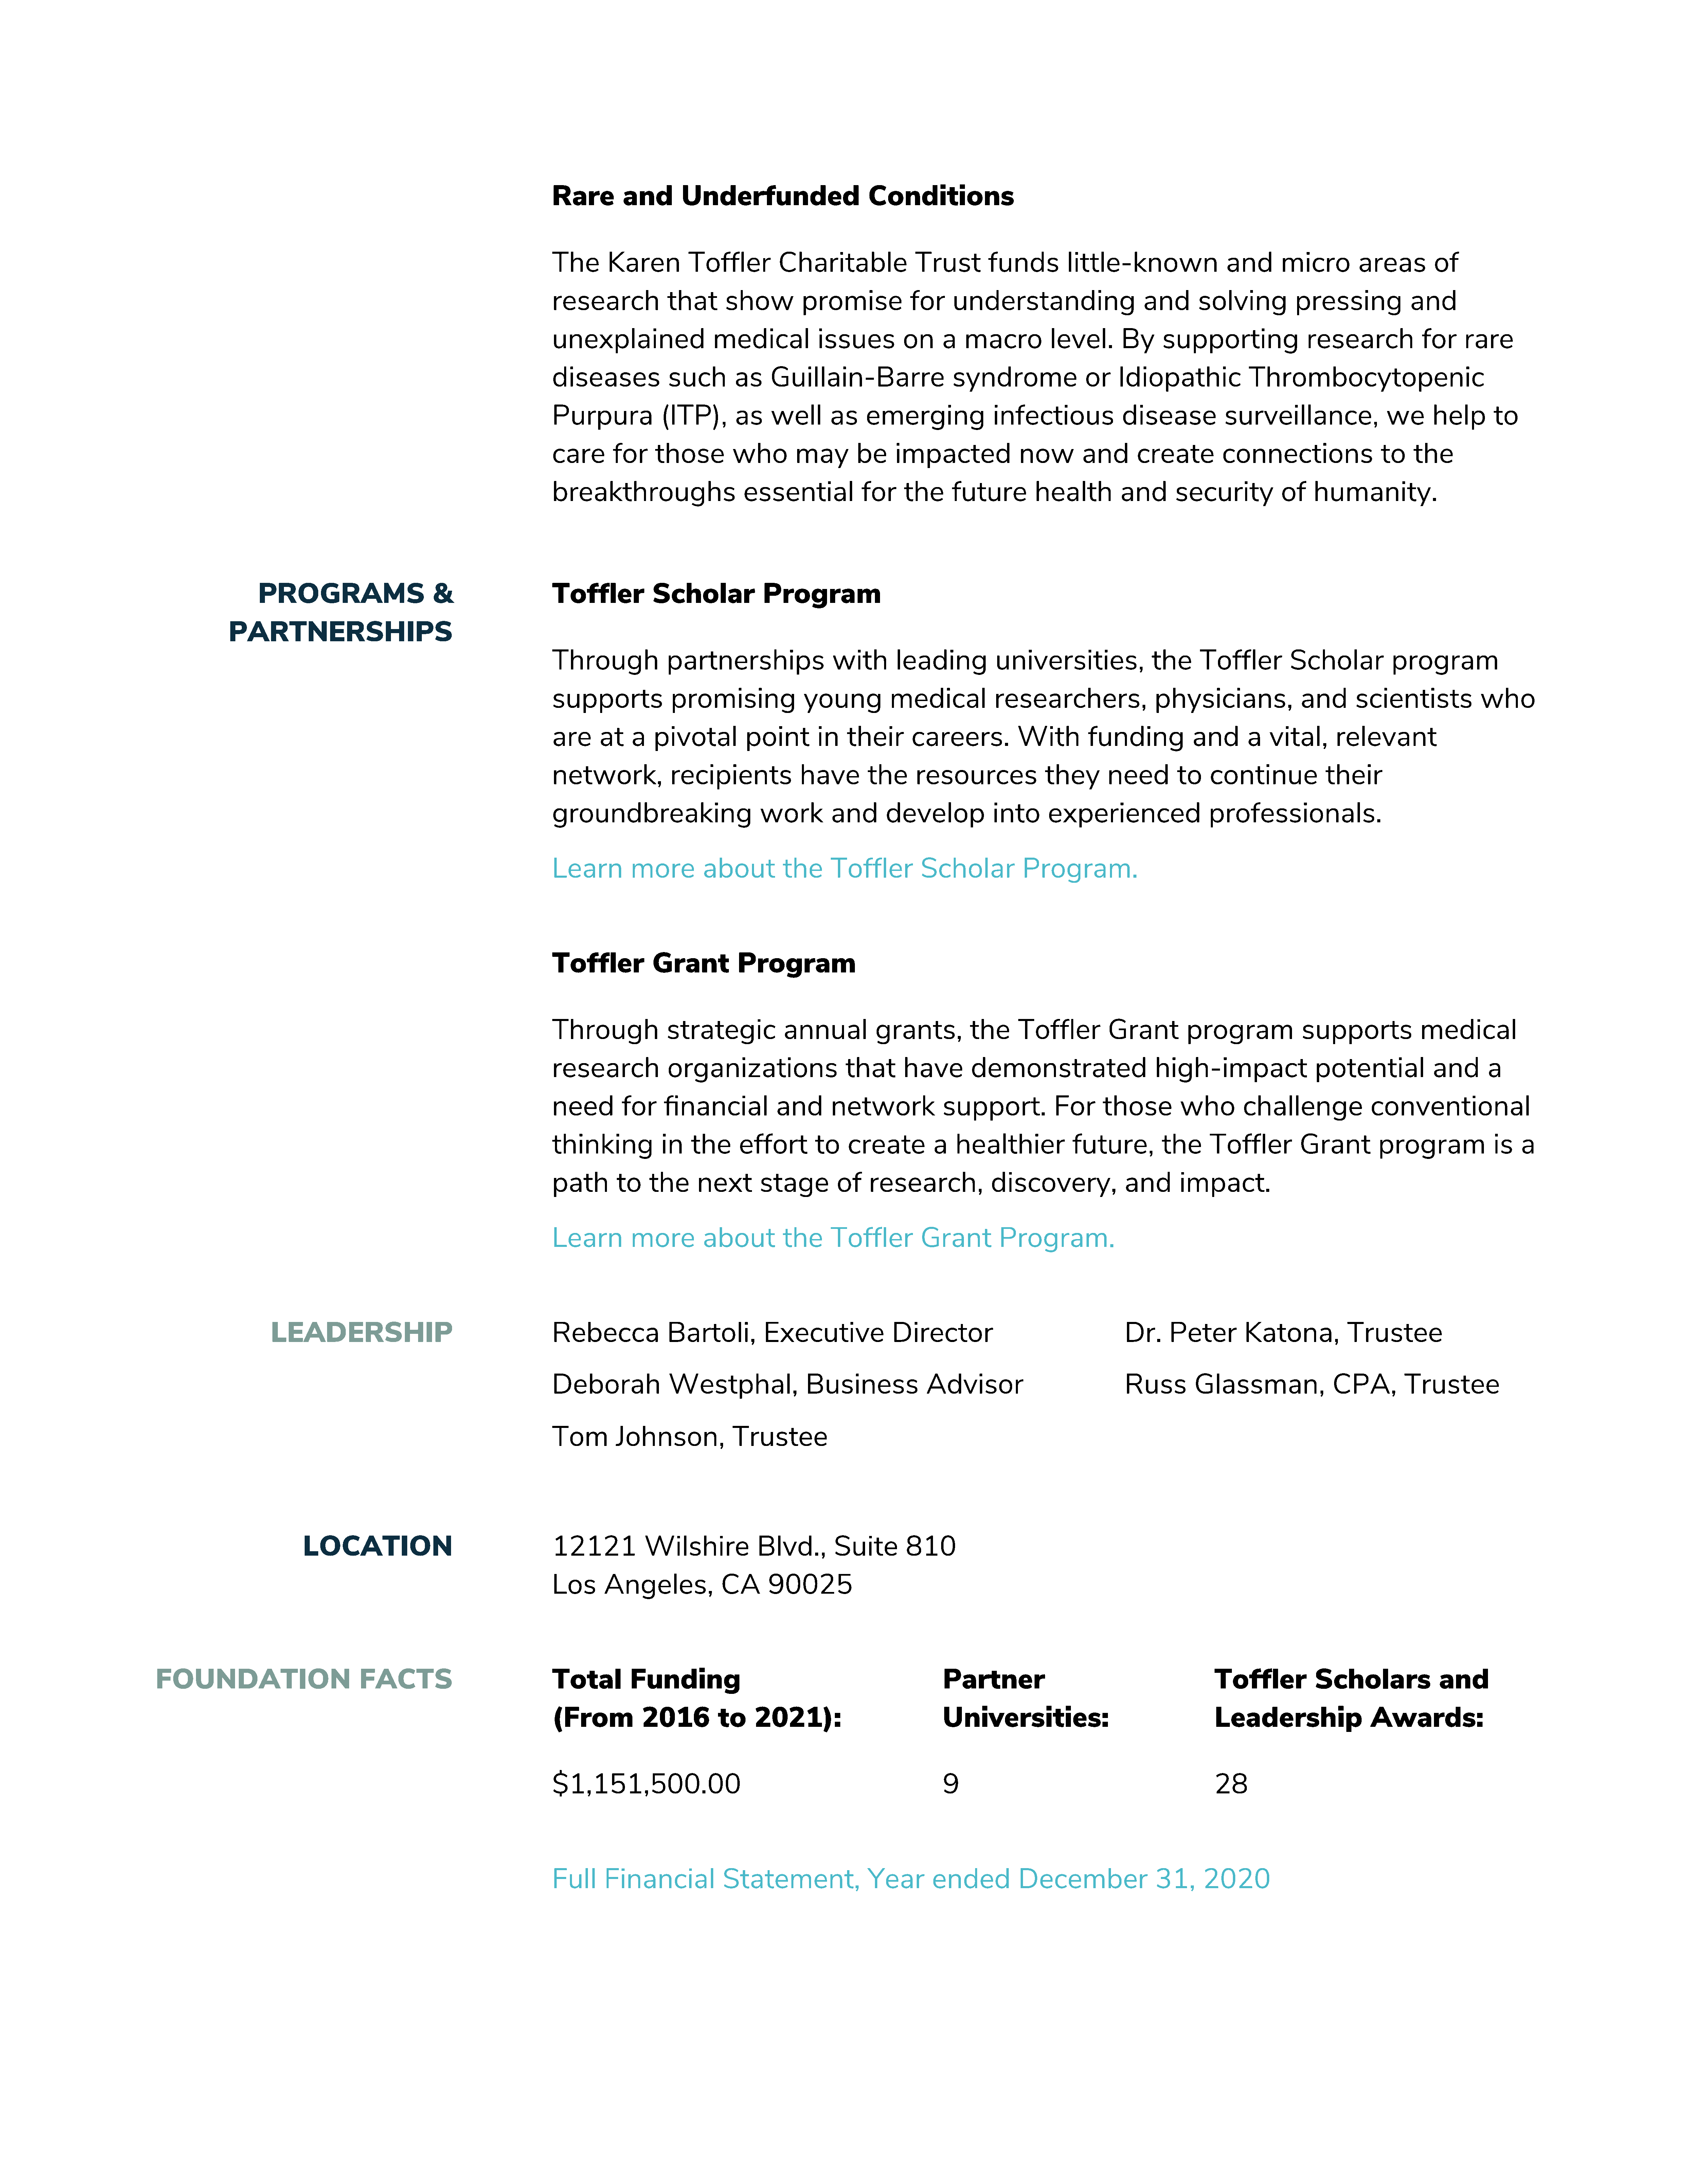
Rare         and         Underfunded                         Conditions
 The       Karen           Toffler           Charitable                Trust          funds          little-known                   and        micro          areas         of
 research              that       show           promise              for      understanding                        and       solving            pressing               and
 unexplained                    medical             issues           on      a   macro            level.        By      supporting                  research              for     rare
 diseases              such         as     Guillain-Barre                      syndrome                 or     Idiopathic               Thrombocytopenic
 Purpura              (ITP),        as     well        as     emerging                 infectious               disease             surveillance,                  we       help        to
 care       for      those          who         may         be     impacted                 now         and        create          connections                    to    the
 breakthroughs                        essential              for     the       future          health          and        security             of    humanity.
 PROGRAMS                          &                       Toffler            Scholar               Program
 PARTNERSHIPS
 Through               partnerships                    with         leading            universities,                 the       Toffler          Scholar             program
 supports               promising                 young           medical              researchers,                   physicians,                 and        scientists               who
 are      at    a   pivotal           point         in    their        careers.            With          funding             and        a   vital,       relevant
 network,               recipients               have         the      resources                 they        need         to     continue              their
 groundbreaking                          work          and        develop             into       experienced                     professionals.
 Learn          more          about           the      Toffler          Scholar             Program.
 Toffler            Grant            Program
 Through               strategic              annual            grants,           the      Toffler           Grant          program                supports               medical
 research              organizations                      that       have         demonstrated                        high-impact                    potential              and        a
 need         for     financial             and        network               support.             For       those          who         challenge                conventional
 thinking             in    the      effort         to    create           a   healthier              future,          the       Toffler          Grant           program               is   a
 path        to     the      next        stage          of    research,               discovery,                and        impact.
 Learn          more          about           the      Toffler          Grant           Program.
 LEADERSHIP                                             Rebecca               Bartoli,           Executive                Director                                     Dr.      Peter          Katona,             Trustee
 Deborah               Westphal,                  Business                Advisor                               Russ          Glassman,                  CPA,          Trustee
 Tom         Johnson,               Trustee
 LOCATION                                         12121             Wilshire              Blvd.,         Suite         810
 Los       Angeles,               CA       90025
 FOUNDATION                              FACTS                                 Total          Funding                                                      Partner                                              Toffler            Scholars                and
 (From            2016           to     2021):                               Universities:                                        Leadership                    Awards:
 $1,151,500.00                                                               9                                                    28
 Full      Financial              Statement,                  Year         ended           December                   31,      2020